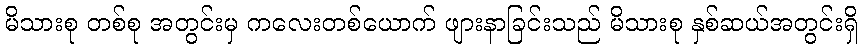
မိသားစု တစ်စု အတွင်းမှ ကလေးတစ်ယောက် ဖျားနာခြင်းသည် မိသားစု နှစ်ဆယ်အတွင်းရှိ